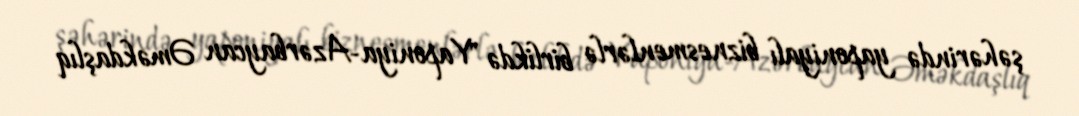
şəhərində yaponiyalı biznesmenlərlə birlikdə "Yaponiya-Azərbaycan Əməkdaşlıq